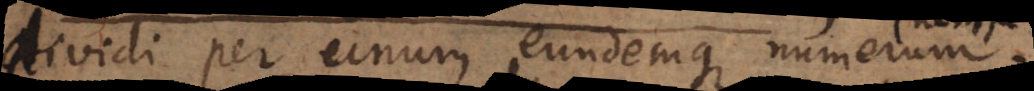
dividi per unum eundemque numerum.